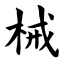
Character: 械